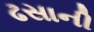
ઢસાની